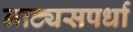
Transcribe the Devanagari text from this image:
नाट्यसपर्धा